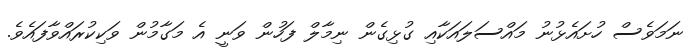
ނަމަވެސް ހުށައެޅުނު މައްސަލައަކާއި ގުޅިގެން ނިމާލް ފަހުން ވަނީ އެ މަގާމުން ވަކިކުރައްވާފައެވެ.